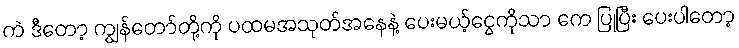
ကဲ ဒီတော့ ကျွန်တော်တို့ကို ပထမအသုတ်အနေနဲ့ ပေးမယ့်ငွေကိုသာ ကေ ပြုပြီး ပေးပါတော့